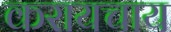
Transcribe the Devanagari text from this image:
करायचाय